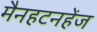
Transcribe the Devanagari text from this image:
मैनहटनहेंज